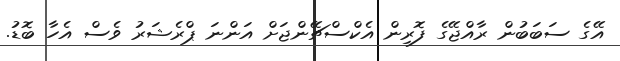
އޭގެ ސަބަބުން ރާއްޖޭގެ ފޮރިން އެކްސްޗޭންޖަށް އަންނަ ޕްރެޝަރު ވެސް އެހާ ބޮޑު.